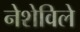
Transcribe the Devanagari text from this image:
नेशेविले